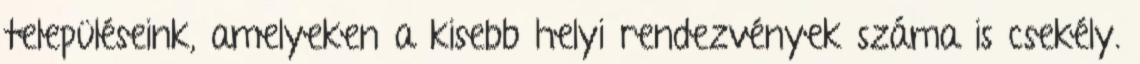
településeink, amelyeken a kisebb helyi rendezvények száma is csekély.